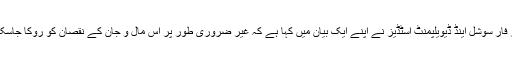
سینیٹر فار سوشل اینڈ ڈیویلپمنٹ اسٹڈیز نے اپنے ایک بیان میں کہا ہے کہ غیر ضروری طور پر اس مال و جان کے نقصان کو روکا جاسکتا ہے۔